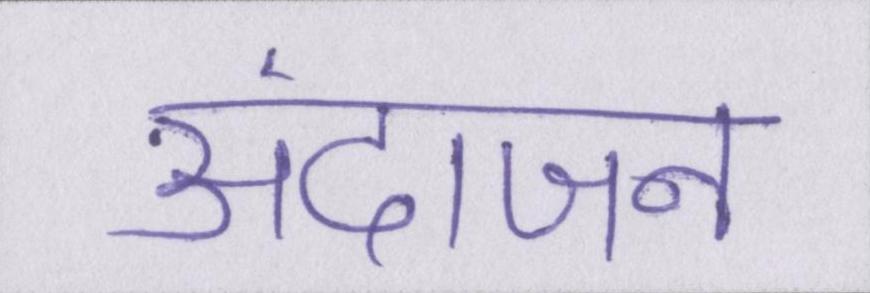
अंदाजन